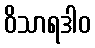
ဝိသာရဒါဝ